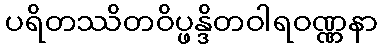
ပရိတဿိတဝိပ္ဖန္ဒိတဝါရဝဏ္ဏနာ